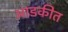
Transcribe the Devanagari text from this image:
आडकीत